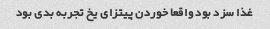
غذا سزد بود واقعا خوردن پیتزای یخ تجربه بدی بود